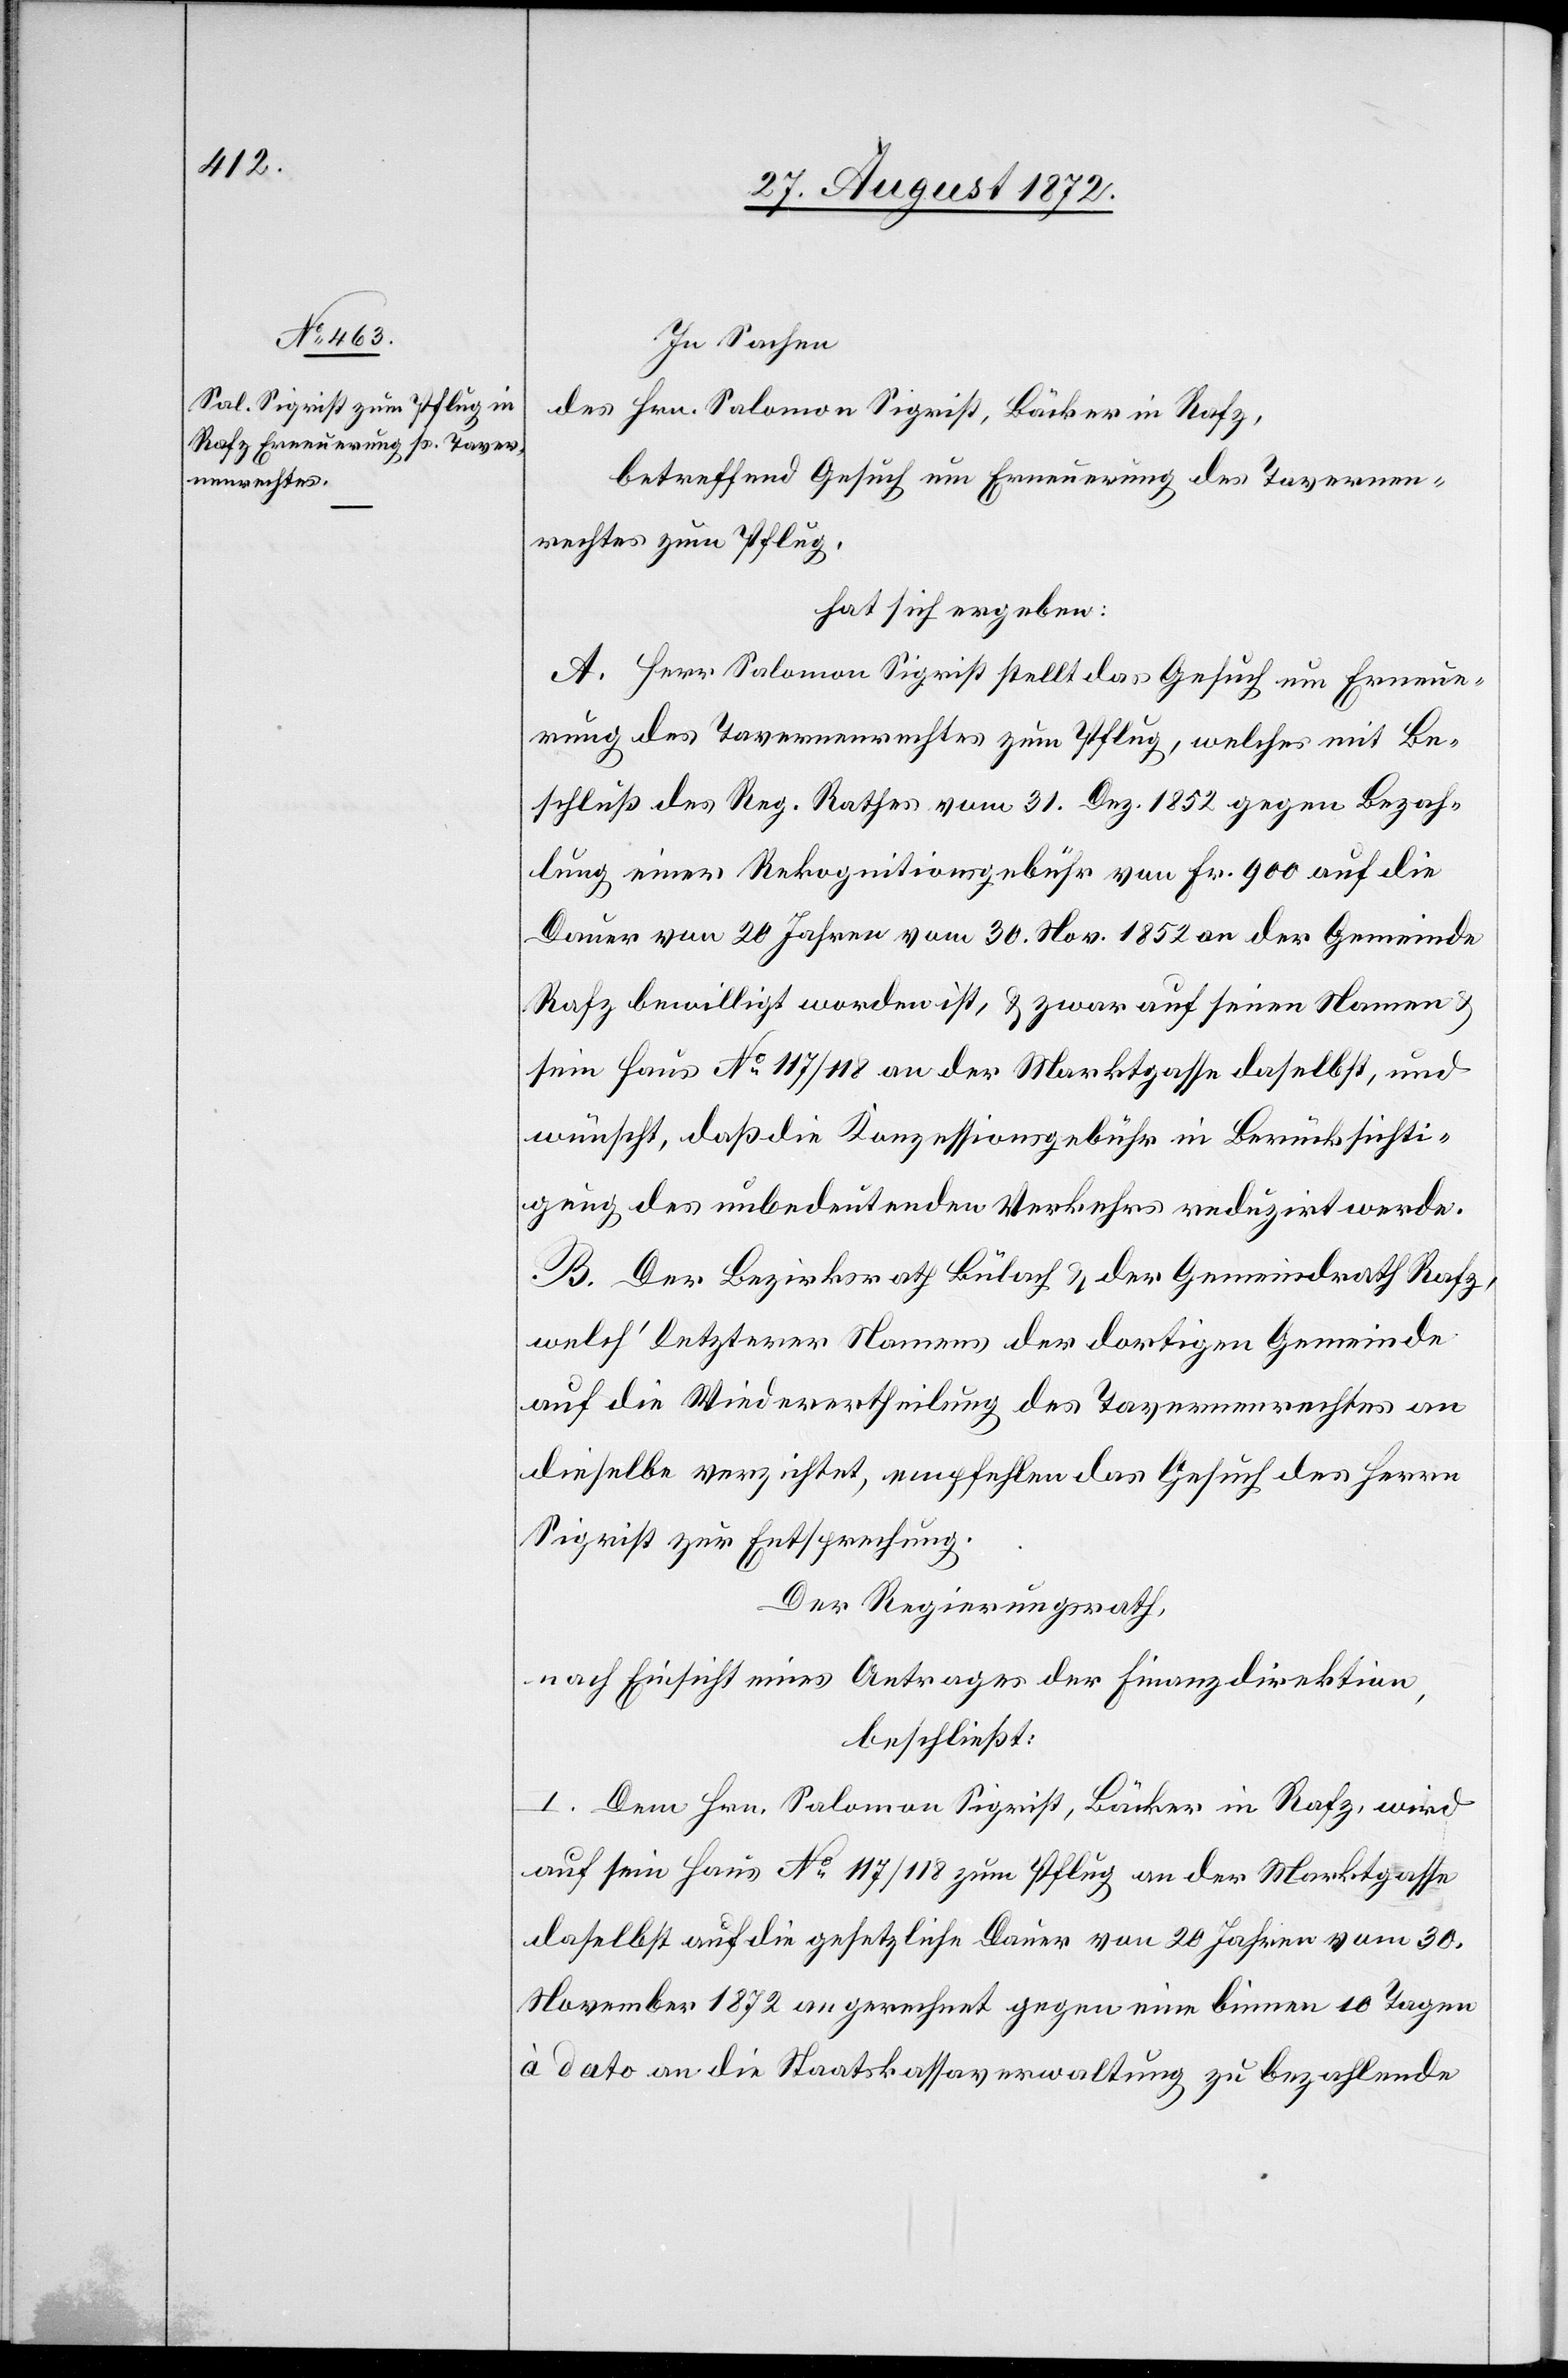
In Sachen
des Hrn. Salomon Sigrist, Bäcker in Rafz,
betreffend Gesuch um Erneuerung des Tavernen¬
rechtes zum Pflug,
hat sich ergeben:
A. Herr Salomon Sigrist stellt das Gesuch um Erneue¬
rung des Tavernenrechtes zum Pflug, welches mit Be¬
schluß des Reg. Rathes vom 31. Dez. 1852 gegen Bezah¬
lung einer Rekognitionsgebühr von Fr. 900 auf die
Dauer von 20 Jahren vom 30. Nov. 1852 an der Gemeinde
Rafz bewilligt worden ist, u. zwar auf seinen Namen u.
sein Haus No 117/118 an der Marktgasse daselbst, und
wünscht, daß die Konzessionsgebühr in Berücksichti¬
gung der unbedeutenden Verkehrs reduzirt werde.
B. Der Bezirksrath Bülach u. der Gemeindrath Rafz,
welch’ letzterer Namens der dortigen Gemeinde
auf die Wiedervertheilung des Tavernenrechtes an
dieselbe verzichtet, empfehlen das Gesuch des Herrn
Sigrist zur Entsprechung.
Der Regierungsrath,
nach Einsicht eines Antrages der Finanzdirektion,
beschließt:
I. Dem Hrn. Salomon Sigrist, Bäcker in Rafz, wird
auf sein Haus No 117/118 zum Pflug an der Marktgasse
daselbst auf die gesetzliche Dauer von 20 Jahren vom 30.
November 1872 angerechnet gegen eine binnen 10 Tagen
à dato an die Staatskassaverwaltung zu bezahlende